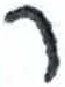
אות: ר